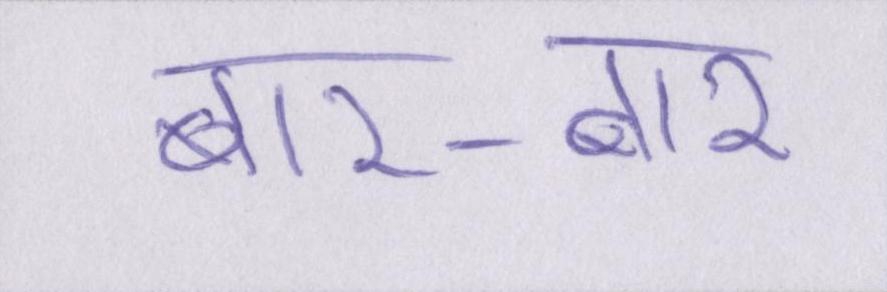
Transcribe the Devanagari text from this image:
बार-बार